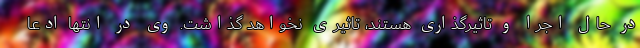
در حال اجرا و تاثیرگذاری هستند، تاثیری نخواهد گذاشت. وی در انتها ادعا